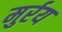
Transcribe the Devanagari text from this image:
मुर्रय